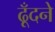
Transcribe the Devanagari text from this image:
ढूँदने